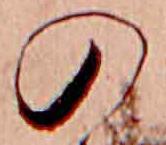
の